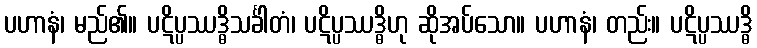
ပဟာနံ၊ မည်၏။ ပဋိပ္ပဿဒ္ဓိသင်္ခါတံ၊ ပဋိပ္ပဿဒ္ဓိဟု ဆိုအပ်သော။ ပဟာနံ၊ တည်း။ ပဋိပ္ပဿဒ္ဓိ